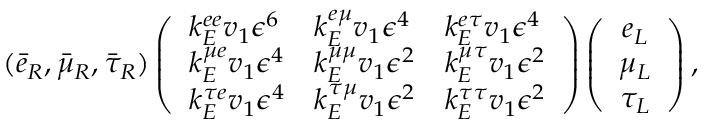
( \bar { e } _ { R } , \bar { \mu } _ { R } , \bar { \tau } _ { R } ) \left( \begin{array} { l l l } { { k _ { E } ^ { e e } v _ { 1 } \epsilon ^ { 6 } } } & { { k _ { E } ^ { e \mu } v _ { 1 } \epsilon ^ { 4 } } } & { { k _ { E } ^ { e \tau } v _ { 1 } \epsilon ^ { 4 } } } \\ { { k _ { E } ^ { \mu e } v _ { 1 } \epsilon ^ { 4 } } } & { { k _ { E } ^ { \mu \mu } v _ { 1 } \epsilon ^ { 2 } } } & { { k _ { E } ^ { \mu \tau } v _ { 1 } \epsilon ^ { 2 } } } \\ { { k _ { E } ^ { \tau e } v _ { 1 } \epsilon ^ { 4 } } } & { { k _ { E } ^ { \tau \mu } v _ { 1 } \epsilon ^ { 2 } } } & { { k _ { E } ^ { \tau \tau } v _ { 1 } \epsilon ^ { 2 } } } \end{array} \right) \left( \begin{array} { c } { { e _ { L } } } \\ { { \mu _ { L } } } \\ { { \tau _ { L } } } \end{array} \right) ,